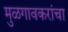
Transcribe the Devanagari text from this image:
मुळगावकरांचा